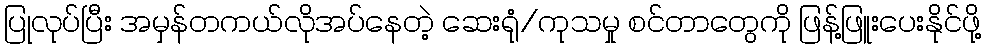
ပြုလုပ်ပြီး အမှန်တကယ်လိုအပ်နေတဲ့ ဆေးရုံ/ကုသမှု စင်တာတွေကို ဖြန့်ဖြူးပေးနိုင်ဖို့